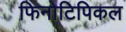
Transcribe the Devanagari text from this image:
फिनोटिपिकल